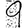
Digit: 9